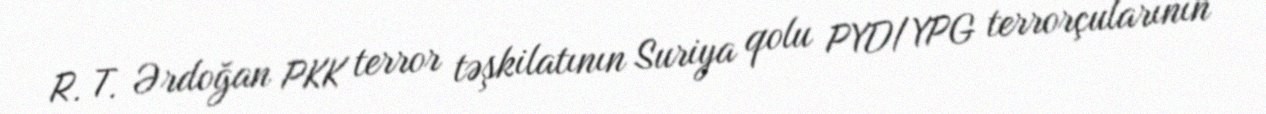
R. T. Ərdoğan PKK terror təşkilatının Suriya qolu PYD/YPG terrorçularının